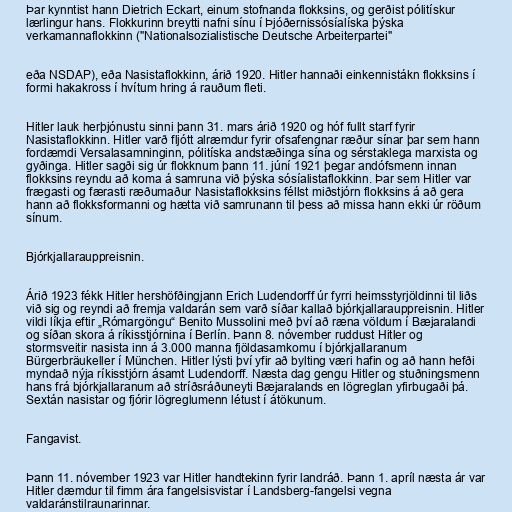
Þar kynntist hann Dietrich Eckart, einum stofnanda flokksins, og gerðist pólitískur
lærlingur hans. Flokkurinn breytti nafni sínu í Þjóðernissósíalíska þýska
verkamannaflokkinn ("Nationalsozialistische Deutsche Arbeiterpartei"

eða NSDAP), eða Nasistaflokkinn, árið 1920. Hitler hannaði einkennistákn flokksins í
formi hakakross í hvítum hring á rauðum fleti.

Hitler lauk herþjónustu sinni þann 31. mars árið 1920 og hóf fullt starf fyrir
Nasistaflokkinn. Hitler varð fljótt alræmdur fyrir ofsafengnar ræður sínar þar sem hann
fordæmdi Versalasamninginn, pólitíska andstæðinga sína og sérstaklega marxista og
gyðinga. Hitler sagði sig úr flokknum þann 11. júní 1921 þegar andófsmenn innan
flokksins reyndu að koma á samruna við þýska sósíalistaflokkinn. Þar sem Hitler var
frægasti og færasti ræðumaður Nasistaflokksins féllst miðstjórn flokksins á að gera
hann að flokksformanni og hætta við samrunann til þess að missa hann ekki úr röðum
sínum.

Bjórkjallarauppreisnin.

Árið 1923 fékk Hitler hershöfðingjann Erich Ludendorff úr fyrri heimsstyrjöldinni til liðs
við sig og reyndi að fremja valdarán sem varð síðar kallað bjórkjallarauppreisnin. Hitler
vildi líkja eftir „Rómargöngu“ Benito Mussolini með því að ræna völdum í Bæjaralandi
og síðan skora á ríkisstjórnina í Berlín. Þann 8. nóvember ruddust Hitler og
stormsveitir nasista inn á 3.000 manna fjöldasamkomu í bjórkjallaranum
Bürgerbräukeller í München. Hitler lýsti því yfir að bylting væri hafin og að hann hefði
myndað nýja ríkisstjórn ásamt Ludendorff. Næsta dag gengu Hitler og stuðningsmenn
hans frá bjórkjallaranum að stríðsráðuneyti Bæjaralands en lögreglan yfirbugaði þá.
Sextán nasistar og fjórir lögreglumenn létust í átökunum.

Fangavist.

Þann 11. nóvember 1923 var Hitler handtekinn fyrir landráð. Þann 1. apríl næsta ár var
Hitler dæmdur til fimm ára fangelsisvistar í Landsberg-fangelsi vegna
valdaránstilraunarinnar.